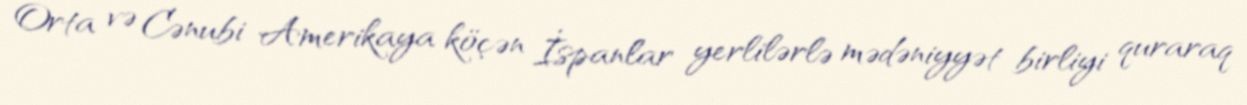
Orta və Cənubi Amerikaya köçən İspanlar yerlilərlə mədəniyyət birliyi quraraq